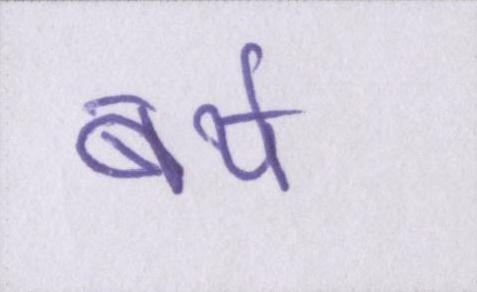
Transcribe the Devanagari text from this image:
बर्थ